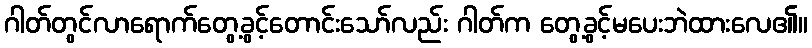
ဂါတ်တွင်လာရောက်တွေ့ခွင့်တောင်းသော်လည်း ဂါတ်က တွေ့ခွင့်မပေးဘဲထားလေ၏။